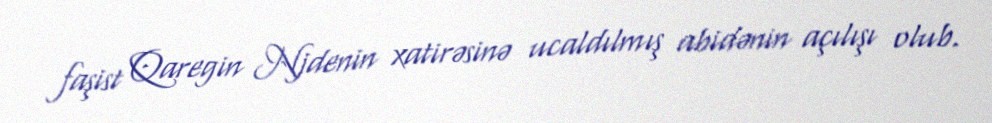
faşist Qaregin Njdenin xatirəsinə ucaldılmış abidənin açılışı olub.